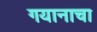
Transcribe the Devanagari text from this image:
गयानाचा